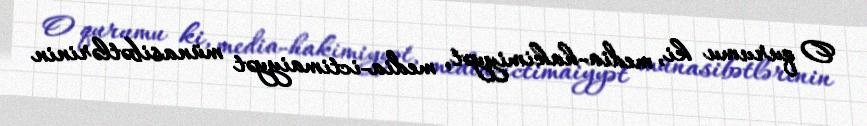
O qurumu ki, media-hakimiyyət, media-ictimaiyyət münasibətlərinin